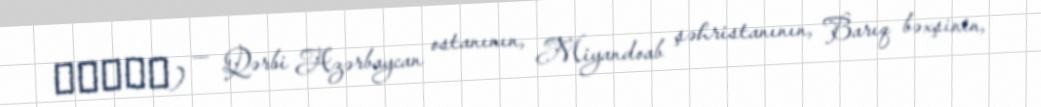
ینگجه) — Qərbi Azərbaycan ostanının, Miyandoab şəhristanının, Barıq bəxşinin,